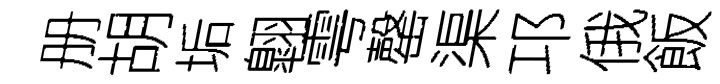
册胡垢翺雩罄渠邛俄飯